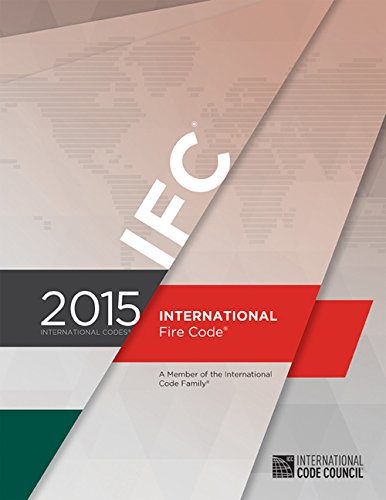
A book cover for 2015 International Fire Code; International Code Council; Engineering & Transportation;